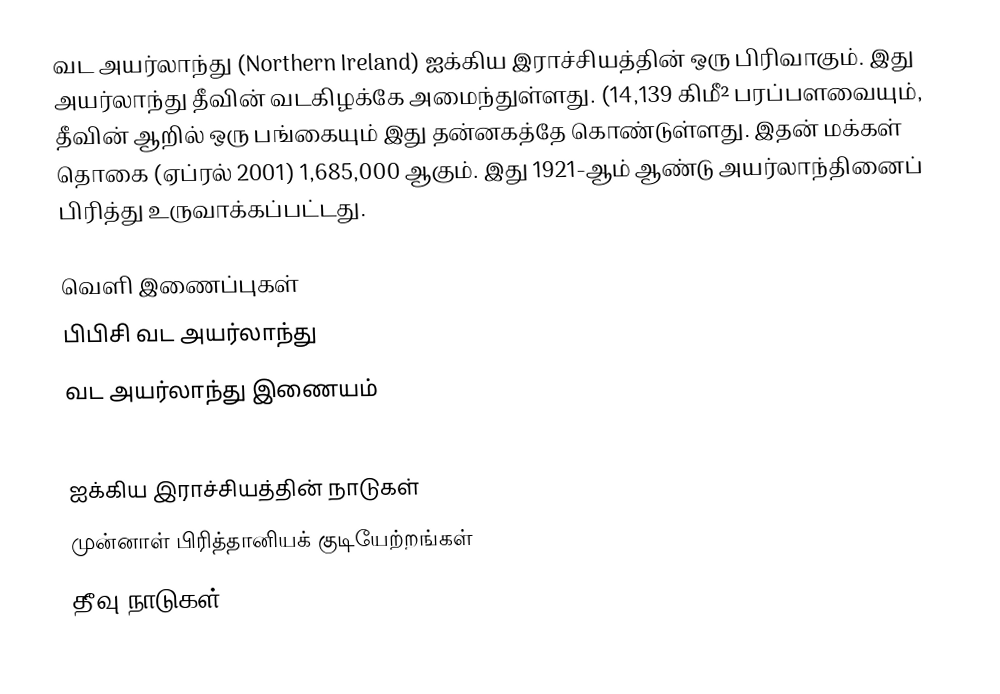
வட அயர்லாந்து (Northern Ireland) ஐக்கிய இராச்சியத்தின் ஒரு பிரிவாகும். இது அயர்லாந்து தீவின் வடகிழக்கே அமைந்துள்ளது. (14,139 கிமீ² பரப்பளவையும், தீவின் ஆறில் ஒரு பங்கையும் இது தன்னகத்தே கொண்டுள்ளது. இதன் மக்கள் தொகை (ஏப்ரல் 2001) 1,685,000 ஆகும். இது 1921-ஆம் ஆண்டு அயர்லாந்தினைப் பிரித்து உருவாக்கப்பட்டது.

வெளி இணைப்புகள்
 பிபிசி வட அயர்லாந்து
 வட அயர்லாந்து இணையம்

ஐக்கிய இராச்சியத்தின் நாடுகள்
முன்னாள் பிரித்தானியக் குடியேற்றங்கள்
தீவு நாடுகள்